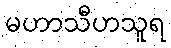
မဟာသီဟသူရ